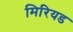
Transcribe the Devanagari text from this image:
मिरियड